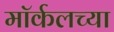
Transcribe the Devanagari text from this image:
मॉर्कलच्या